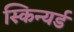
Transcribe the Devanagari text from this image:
स्किन्यर्ड